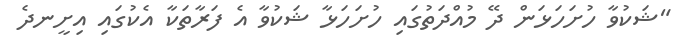
"ޝަކުވާ ހުށަހަޅަން ދޭ މުއްދަތުގައި ހުށަހަޅާ ޝަކުވާ އެ ފަރާތަކާ އެކުގައި އިށީނދެ